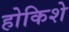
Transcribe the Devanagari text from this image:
होकिशे